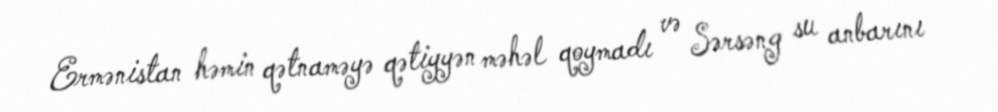
Ermənistan həmin qətnaməyə qətiyyən məhəl qoymadı və Sərsəng su anbarını